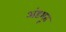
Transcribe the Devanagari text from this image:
अंडभूत